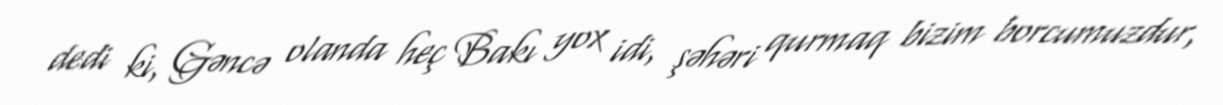
dedi ki, Gəncə olanda heç Bakı yox idi, şəhəri qurmaq bizim borcumuzdur,